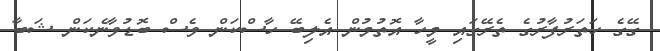
ގޭގެ ހަތަރުފާރުގެ ތެރޭގައި މީހާ އޮތުމުން އެލިބޭ ހާސްކަން ވެސް ބޮޑުވާނެކަން ޝަބާ